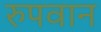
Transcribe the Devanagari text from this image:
रुपवान